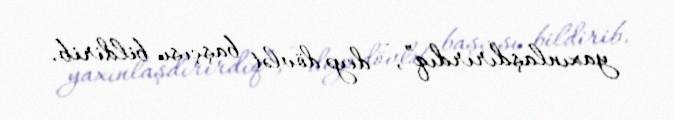
yaxınlaşdırırdıq”, - deyə dövlət başçısı bildirib.